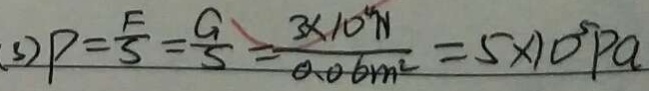
3 ) P = \frac { F } { S } = \frac { G } { S } = \frac { 3 \times 1 0 ^ { 4 } N } { 0 . 0 6 m ^ { 2 } } = 5 \times 1 0 ^ { 5 } P a